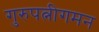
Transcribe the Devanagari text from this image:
गुरुपत्नीगमन